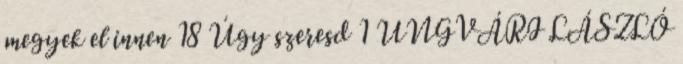
megyek el innen 18 Úgy szeresd 1 UNGVÁRI LÁSZLÓ